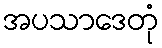
အပသာဒေတုံ